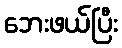
ဘေးဖယ်ပြီး